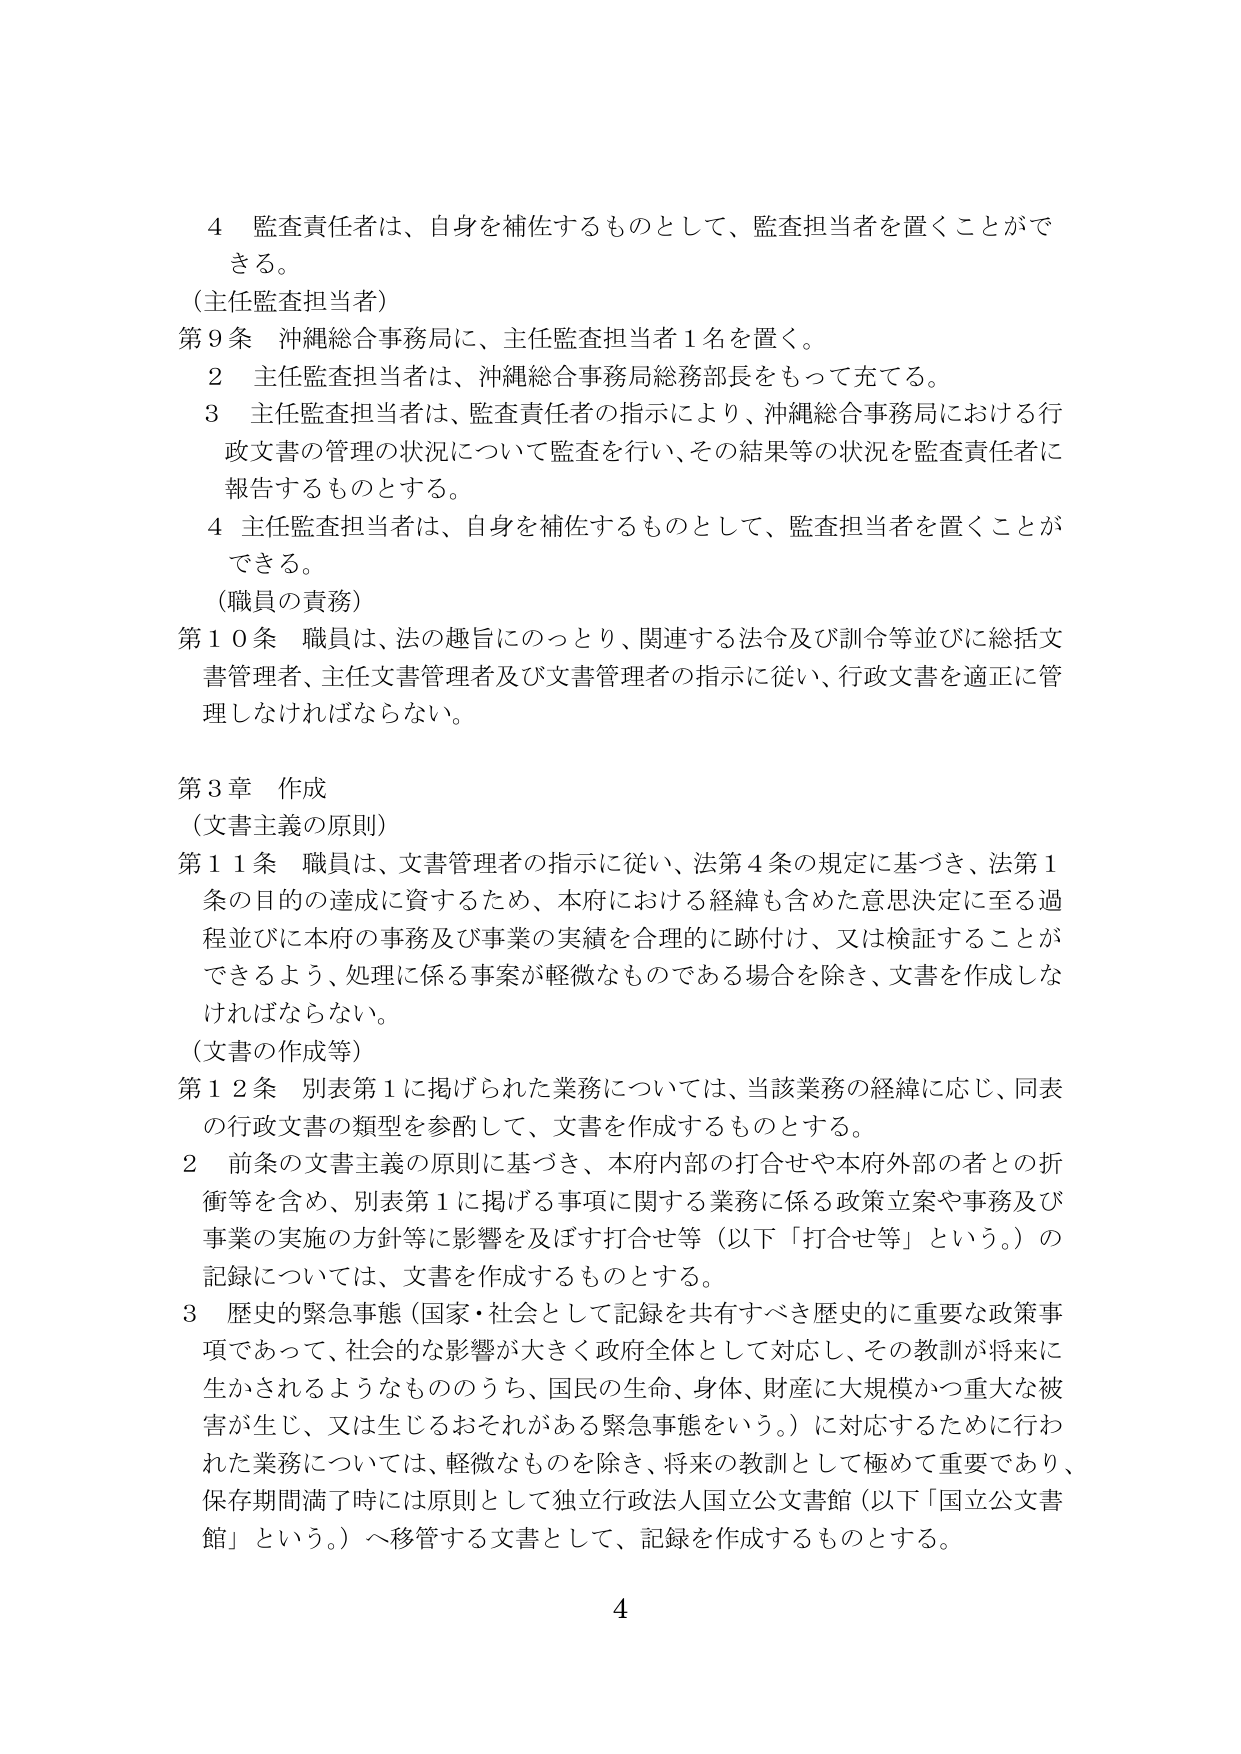
4 監査責任者は、自身を補佐するものとして、監査担当者を置くことができる。

（主任監査担当者）

第9条 沖縄総合事務局に、主任監査担当者1名を置く。

2 主任監査担当者は、沖縄総合事務局総務部長をもって充てる。

3 主任監査担当者は、監査責任者の指示により、沖縄総合事務局における行政文書の管理の状況について監査を行い、その結果等の状況を監査責任者に報告するものとする。

4 主任監査担当者は、自身を補佐するものとして、監査担当者を置くことができる。

（職員の責務）

第10条 職員は、法の趣旨にのっとり、関連する法令及び訓令等並びに総括文書管理者、主任文書管理者及び文書管理者の指示に従い、行政文書を適正に管理しなければならない。

第3章 作成

（文書主義の原則）

第11条 職員は、文書管理者の指示に従い、法第4条の規定に基づき、法第1条の目的の達成に資するため、本府における経緯も含めた意思決定に至る過程並びに本府の事務及び事業の実績を合理的に跡付け、又は検証することができるよう、処理に係る事案が軽微なものである場合を除き、文書を作成しなければならない。

（文書の作成等）

第12条 別表第1に掲げられた業務については、当該業務の経緯に応じ、同表の行政文書の類型を参酌して、文書を作成するものとする。

2 前条の文書主義の原則に基づき、本府内部の打合せや本府外部の者との折衝等を含め、別表第1に掲げる事項に関する業務に係る政策立案や事務及び事業の実施の方針等に影響を及ぼす打合せ等（以下「打合せ等」という。）の記録については、文書を作成するものとする。

3 歴史的緊急事態（国家・社会として記録を共有すべき歴史的に重要な政策事項であって、社会的な影響が大きく政府全体として対応し、その教訓が将来に生かされるようなもののうち、国民の生命、身体、財産に大規模かつ重大な被害が生じ、又は生じるおそれがある緊急事態をいう。）に対応するために行われた業務については、軽微なものを除き、将来の教訓として極めて重要であり、保存期間満了時には原則として独立行政法人国立公文書館（以下「国立公文書館」という。）へ移管する文書として、記録を作成するものとする。

4